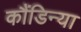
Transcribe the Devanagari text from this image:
कौंडिन्या